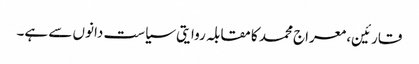
قارئین، معراج محمد کا مقابلہ روایتی سیاست دانوں سے ہے۔